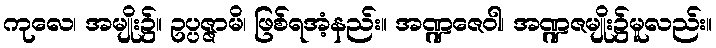
ကုလေ၊ အမျိုး၌။ ဥပ္ပဇ္ဇာမိ၊ ဖြစ်ရအံ့နည်း။ အဏ္ဍဇေဝါ၊ အဏ္ဍဇမျိုး၌မူလည်း။